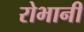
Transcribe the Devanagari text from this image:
रोभानी